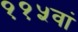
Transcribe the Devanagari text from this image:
११५वां